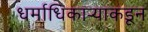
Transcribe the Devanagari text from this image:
धर्माधिकार्‍याकडून